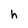
Character: h